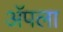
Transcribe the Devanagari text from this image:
अॅपला